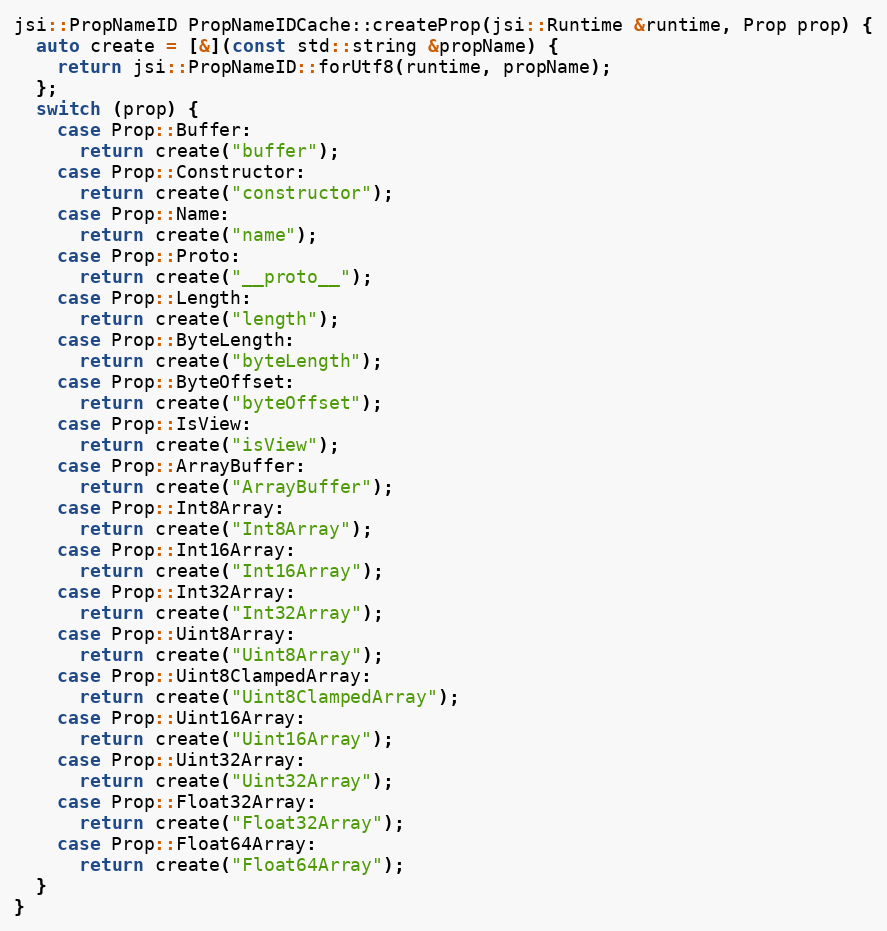
Language: C++
jsi::PropNameID PropNameIDCache::createProp(jsi::Runtime &runtime, Prop prop) {
  auto create = [&](const std::string &propName) {
    return jsi::PropNameID::forUtf8(runtime, propName);
  };
  switch (prop) {
    case Prop::Buffer:
      return create("buffer");
    case Prop::Constructor:
      return create("constructor");
    case Prop::Name:
      return create("name");
    case Prop::Proto:
      return create("__proto__");
    case Prop::Length:
      return create("length");
    case Prop::ByteLength:
      return create("byteLength");
    case Prop::ByteOffset:
      return create("byteOffset");
    case Prop::IsView:
      return create("isView");
    case Prop::ArrayBuffer:
      return create("ArrayBuffer");
    case Prop::Int8Array:
      return create("Int8Array");
    case Prop::Int16Array:
      return create("Int16Array");
    case Prop::Int32Array:
      return create("Int32Array");
    case Prop::Uint8Array:
      return create("Uint8Array");
    case Prop::Uint8ClampedArray:
      return create("Uint8ClampedArray");
    case Prop::Uint16Array:
      return create("Uint16Array");
    case Prop::Uint32Array:
      return create("Uint32Array");
    case Prop::Float32Array:
      return create("Float32Array");
    case Prop::Float64Array:
      return create("Float64Array");
  }
}